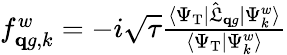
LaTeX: \begin{array}{r}{f_{\mathbf qg,k}^{w}=-i\sqrt{\tau}\frac{\langle\Psi_{\mathrm{T}}|\hat{\mathfrak L}_{\mathbf qg}|\Psi_{k}^{w}\rangle}{\langle\Psi_{\mathrm{T}}|\Psi_{k}^{w}\rangle}}\end{array}